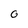
Character: 0